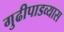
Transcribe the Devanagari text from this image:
गुढीपाडव्यास